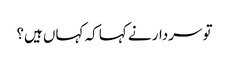
تو سردار نے کہا کہ کہاں ہیں؟